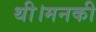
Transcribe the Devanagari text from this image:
थी।मनकी